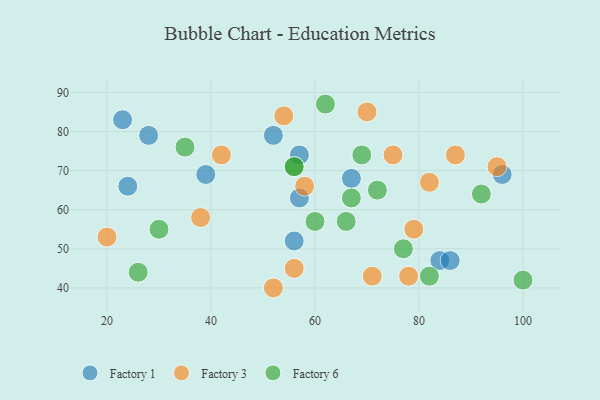
{"axis": {"x": "GDP", "y": "Life Expectancy"}, "legend": ["Factory 1", "Factory 3", "Factory 6"], "data": [{"x": "23", "y": 83, "type": "Factory 1"}, {"x": "56", "y": 52, "type": "Factory 1"}, {"x": "24", "y": 66, "type": "Factory 1"}, {"x": "96", "y": 69, "type": "Factory 1"}, {"x": "57", "y": 74, "type": "Factory 1"}, {"x": "67", "y": 68, "type": "Factory 1"}, {"x": "39", "y": 69, "type": "Factory 1"}, {"x": "84", "y": 47, "type": "Factory 1"}, {"x": "86", "y": 47, "type": "Factory 1"}, {"x": "28", "y": 79, "type": "Factory 1"}, {"x": "57", "y": 63, "type": "Factory 1"}, {"x": "52", "y": 79, "type": "Factory 1"}, {"x": "52", "y": 40, "type": "Factory 3"}, {"x": "20", "y": 53, "type": "Factory 3"}, {"x": "56", "y": 45, "type": "Factory 3"}, {"x": "70", "y": 85, "type": "Factory 3"}, {"x": "58", "y": 66, "type": "Factory 3"}, {"x": "95", "y": 71, "type": "Factory 3"}, {"x": "87", "y": 74, "type": "Factory 3"}, {"x": "42", "y": 74, "type": "Factory 3"}, {"x": "79", "y": 55, "type": "Factory 3"}, {"x": "82", "y": 67, "type": "Factory 3"}, {"x": "71", "y": 43, "type": "Factory 3"}, {"x": "78", "y": 43, "type": "Factory 3"}, {"x": "54", "y": 84, "type": "Factory 3"}, {"x": "75", "y": 74, "type": "Factory 3"}, {"x": "38", "y": 58, "type": "Factory 3"}, {"x": "82", "y": 43, "type": "Factory 6"}, {"x": "62", "y": 87, "type": "Factory 6"}, {"x": "30", "y": 55, "type": "Factory 6"}, {"x": "26", "y": 44, "type": "Factory 6"}, {"x": "56", "y": 71, "type": "Factory 6"}, {"x": "100", "y": 42, "type": "Factory 6"}, {"x": "56", "y": 71, "type": "Factory 6"}, {"x": "69", "y": 74, "type": "Factory 6"}, {"x": "72", "y": 65, "type": "Factory 6"}, {"x": "35", "y": 76, "type": "Factory 6"}, {"x": "67", "y": 63, "type": "Factory 6"}, {"x": "77", "y": 50, "type": "Factory 6"}, {"x": "60", "y": 57, "type": "Factory 6"}, {"x": "66", "y": 57, "type": "Factory 6"}, {"x": "92", "y": 64, "type": "Factory 6"}]}